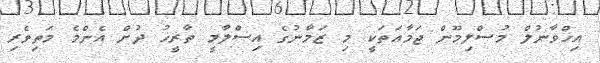
އިޚްވާނުލް މުސްލިމޫން ޖަމާޢަތަކީ މި ޒަމާނުގެ އިސްލާމީ ތާރީޚު ދުށް އެންމެ މަތިވެރި